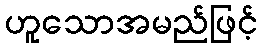
ဟူသောအမည်ဖြင့်